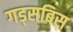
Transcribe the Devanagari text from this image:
गड्सबिस